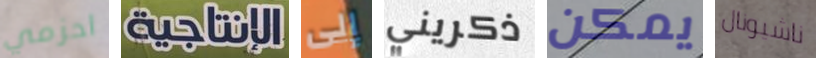
احزمي الإنتاجية إلى ذكريني يمكن ناشيونال